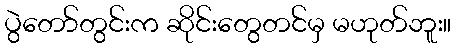
ပွဲတော်တွင်းက ဆိုင်းတွေတင်မှ မဟုတ်ဘူး။